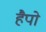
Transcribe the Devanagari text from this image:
हैपो